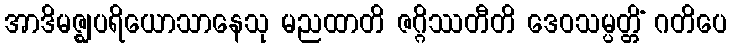
အာဒိမဇ္ဈပရိယောသာနေသု မညထာတိ ဇဂ္ဂိဿတီတိ ဒေဝသမ္ပတ္တိံ ဂတိပေ